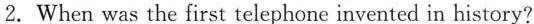
2.When was the first telephone invented in history?